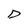
Character: D